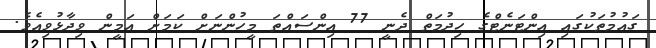
ގައުމުތަކުގައި އިންޓަނެޓްގެ ހިދުމަތް ދެނީ 77 އިންސައްތަ މީހުންނަށް ކަމަށް އަމީން ވިދާޅުވިއެވެ.